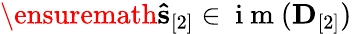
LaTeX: \ensuremath{\mathbf{\hat{s}}}_{[2]}\in\mathrm{~i~m~}({\mathbf D}_{[2]})